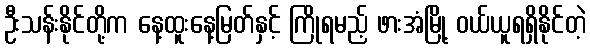
ဦးသန်းနိုင်တို့က နေ့ထူးနေ့မြတ်နှင့် ကြိုရမည့် ဖားအံမြို့ ဝယ်ယူရရှိနိုင်တဲ့